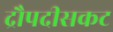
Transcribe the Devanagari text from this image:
द्रौपदीसकट